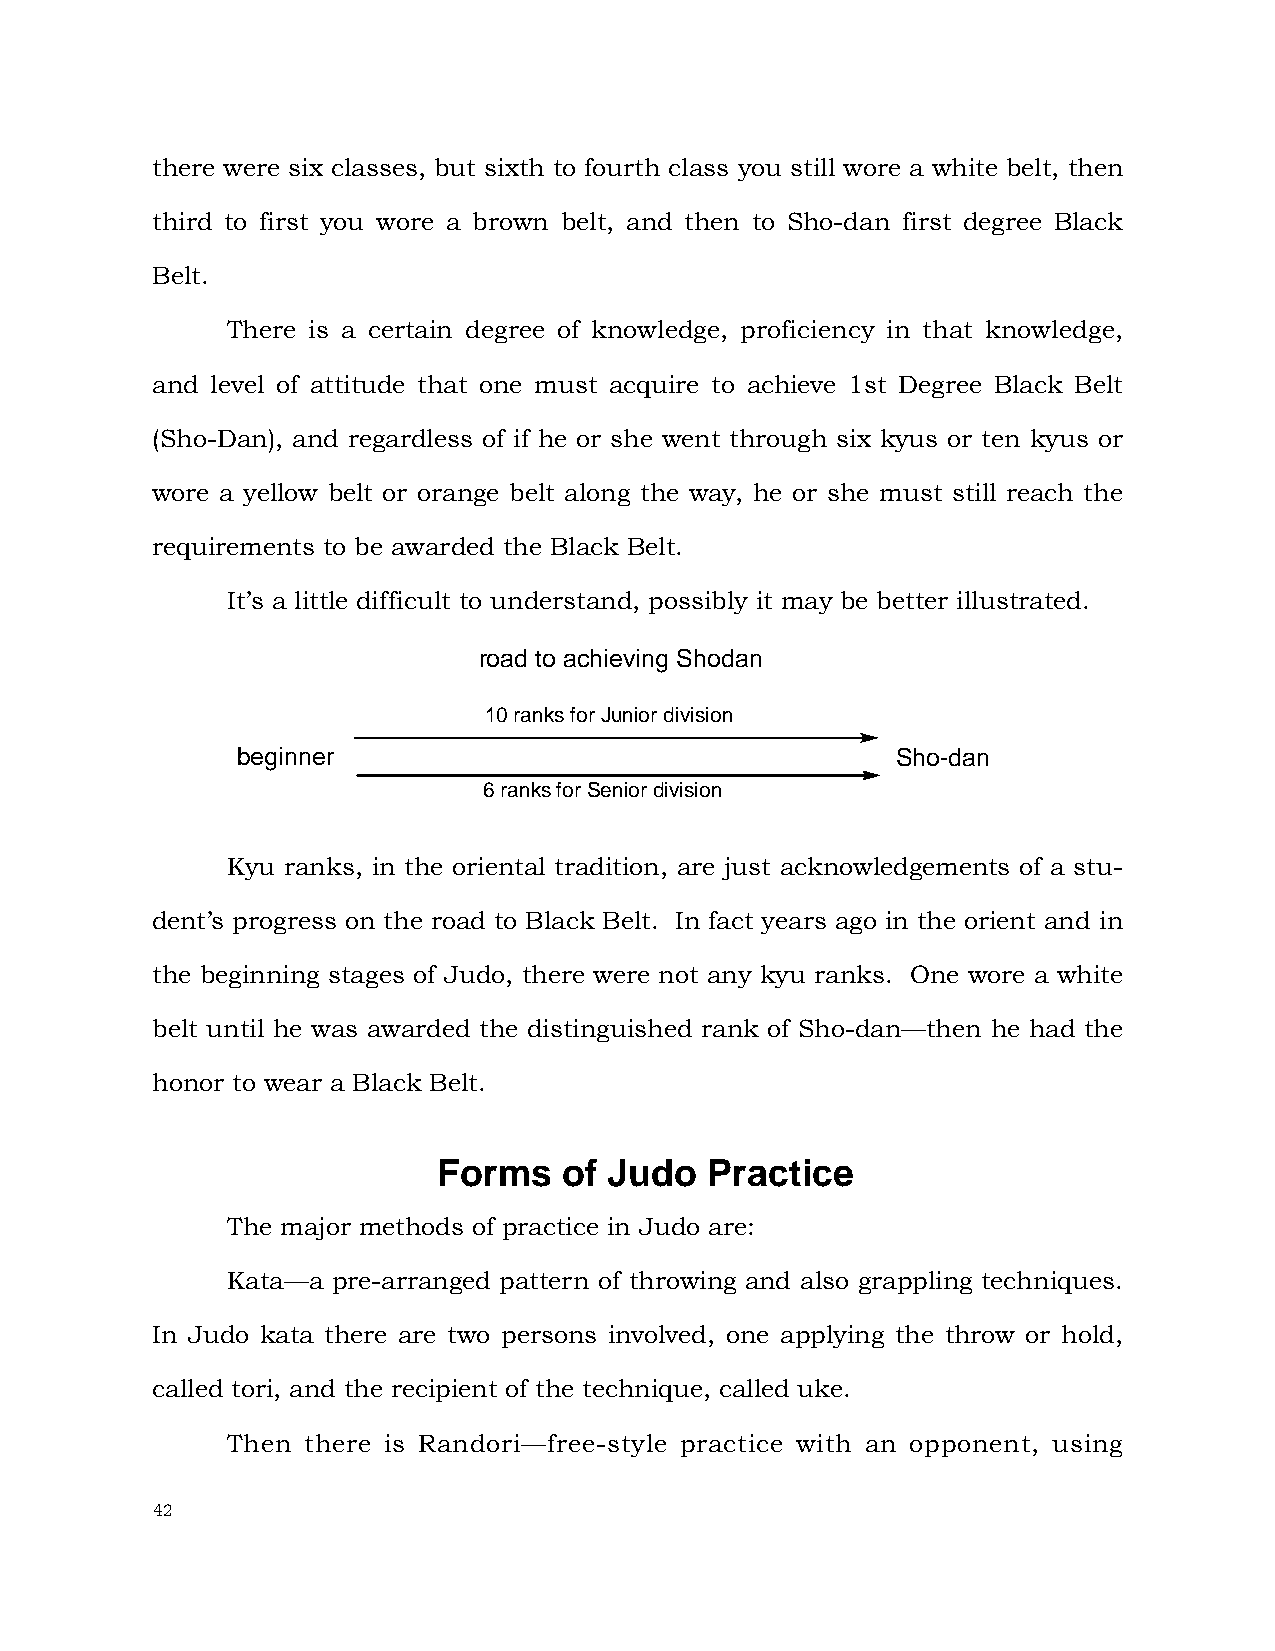
there were six classes, but sixth to fourth class you still wore a white belt, then
 third to first you wore a brown belt, and then to Sho-dan first degree Black
 Belt.
 There is a certain degree of knowledge, proficiency in that knowledge,
 and level of attitude that one must acquire to achieve 1st Degree Black Belt
 (Sho-Dan), and regardless of if he or she went through six kyus or ten kyus or
 wore a yellow belt or orange belt along the way, he or she must still reach the
 requirements to be awarded the Black Belt.
 It’s a little difficult to understand, possibly it may be better illustrated.
 road to achieving Shodan
 10 ranks for Junior division
 beginner                                   Sho-dan
 6 ranks for Senior division
 Kyu ranks, in the oriental tradition, are just acknowledgements of a stu-
 dent’s progress on the road to Black Belt. In fact years ago in the orient and in
 the beginning stages of Judo, there were not any kyu ranks. One wore a white
 belt until he was awarded the distinguished rank of Sho-dan—then he had the
 honor to wear a Black Belt.
 Forms   of Judo   Practice
 The major methods of practice in Judo are:
 Kata—a pre-arranged pattern of throwing and also grappling techniques.
 In Judo kata there are two persons involved, one applying the throw or hold,
 called tori, and the recipient of the technique, called uke.
 Then there is Randori—free-style practice with an opponent, using
 42